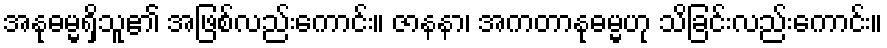
အနုဓမ္မရှိသူ၏ အဖြစ်လည်းကောင်း။ ဇာနနာ၊ အကတာနုဓမ္မဟု သိခြင်းလည်းကောင်း။